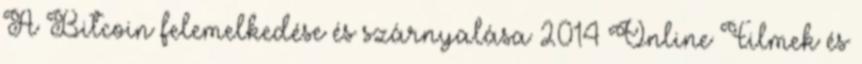
A Bitcoin felemelkedése és szárnyalása 2014 Online Filmek és